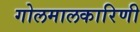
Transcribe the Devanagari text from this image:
गोलमालकारिणी